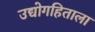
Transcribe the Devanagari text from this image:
उद्योगहिताला